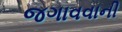
જગાવવાની